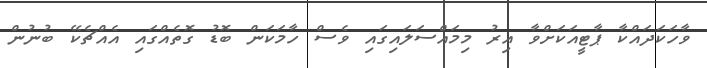
ވާހަކަދައްކާ ޕާޓީއަކަށްވާ އިރު މިމައްސަލައިގައި ވެސް ހާމަކަން ބޮޑު ގޮތެއްގައި އެއްޗެކޭ ބުނުން